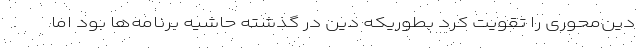
دین‌محوری را تقویت کرد بطوریکه دین در گذشته حاشیه برنامه‌ها بود اما